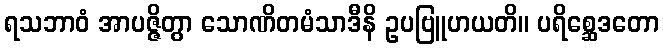
ရသဘာဝံ အာပဇ္ဇိတွာ သောဏိတမံသာဒီနိ ဥပဗြူဟယတိ။ ပရိစ္ဆေဒတော